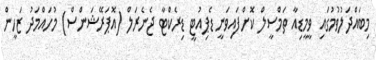
މިބައްދަލުވުމުގައި ވީމީޑިއާ ތަމްސީލް ކޮށްފައިވަނީ ޑެޕިއުޓީ ޑިރެކްޓާ ޖެނެރަލް (އޮޕަރޭޝަންސް) މުހައްމަދު ޒަހީން